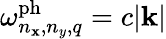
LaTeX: \omega_{n_{\mathbf{x}},n_{y},q}^{\mathrm{{ph}}}=c|\mathbf{{k}}|